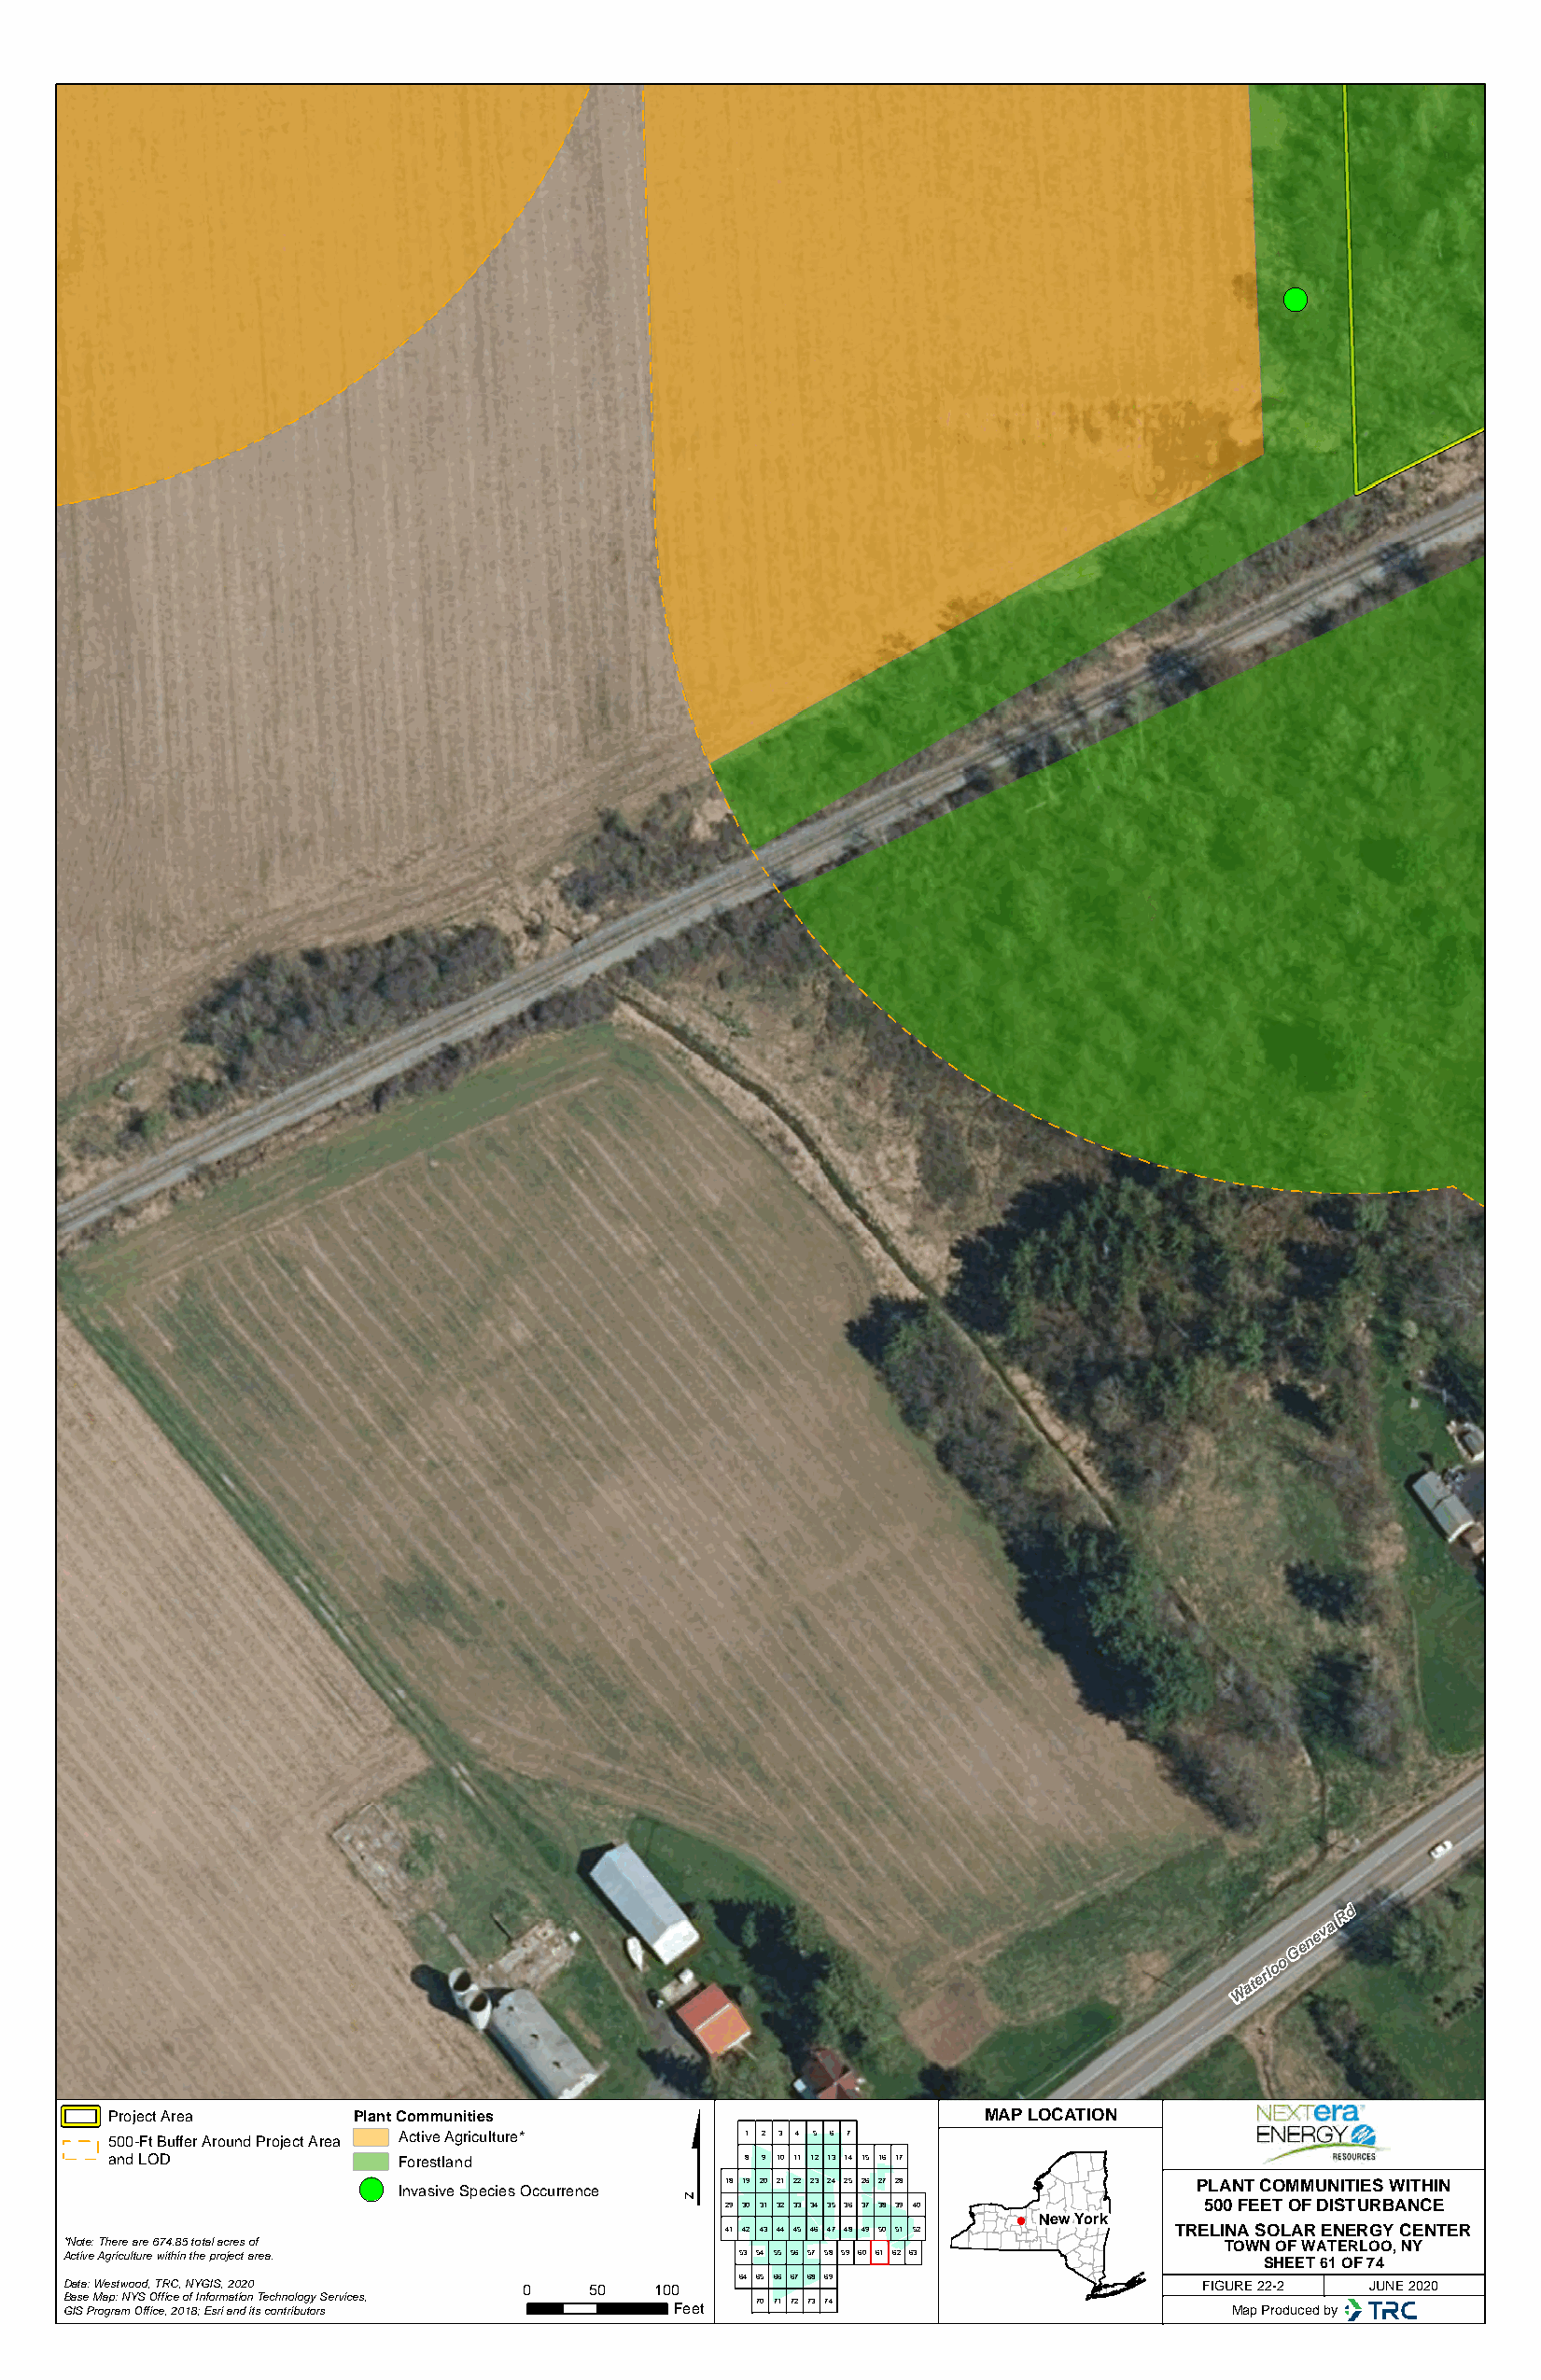
!(
 R d
 G
 eneva
 W
 aterlo o
 $
 Project Area     Plant Communities                            MAP LOCATION
 500-Ft Buffer Around Project Area Active Agriculture* 1 2 3 4 5 6 7
 and LOD             Forestland               8 9 10 11 12 13 14 15 16 17
 !(
 Invasive Species Occurrence 18 19 20 21 22 23 24 25 26 27 28 PLANT COMMUNITIES WITHIN
 29 30 31 32 33 34 35 36 37 38 39 40 500 FEET OF DISTURBANCE
 New York
 41 42 43 44 45 46 47 48 49 50 51 52 TRELINA SOLAR ENERGY CENTER
 *Note: There are 674.85 total acres of                                             TOWN OF WATERLOO, NY
 Active Agriculture within the project area.     53 54 55 56 57 58 59 60 61 62 63
 SHEET 61 OF 74
 64 65 66 67 68 69
 Data: Westwood, TRC, NYGIS, 2020 0    50  100                                    FIGURE 22-2 JUNE 2020
 Base Map: NYS Office of Information Technology Services, 70 71 72 73 74
 GIS Program Office, 2018; Esri and its contributors Feet                           Map Produced by